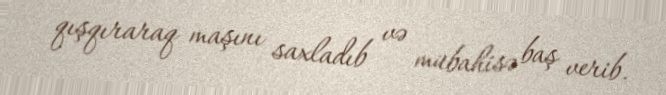
qışqıraraq maşını saxladıb və mübahisə baş verib.